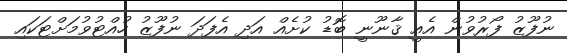
ނުފޫޒު ފޯރުވުން އެއީ ޤާނޫނީ ބޮޑު ކުށެއް އަދި އެފަދަ ނުފޫޒު ހުއްޓުވުމަށްޓަކައި